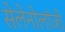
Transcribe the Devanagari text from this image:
सेलेनोलॉजी